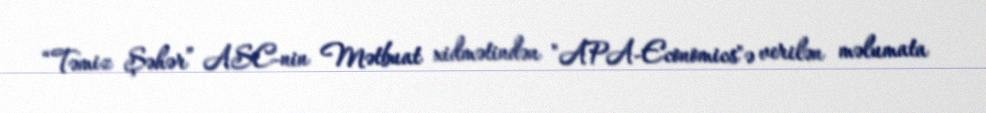
“Təmiz Şəhər” ASC-nin Mətbuat xidmətindən "APA-Economics"ə verilən məlumata